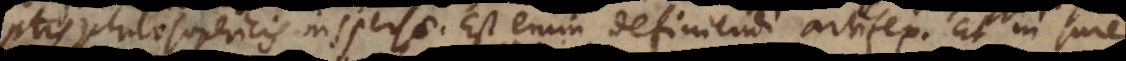
ptis philosophicis inspersae. Est enim definiendi artifex. Et in jure